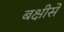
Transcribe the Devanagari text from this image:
बक्षीसे